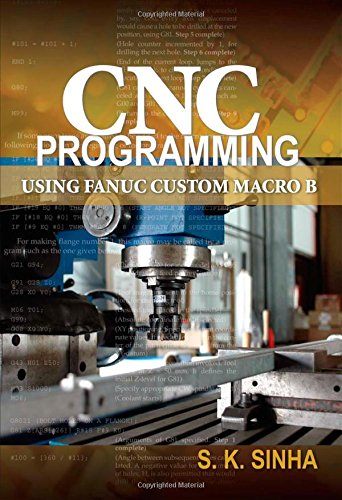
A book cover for CNC Programming using Fanuc Custom Macro B; S.K Sinha; Computers & Technology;